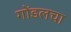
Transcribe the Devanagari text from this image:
गोंडलचा